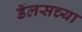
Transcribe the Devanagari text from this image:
डॅलसच्या